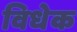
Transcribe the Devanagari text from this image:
विधेक